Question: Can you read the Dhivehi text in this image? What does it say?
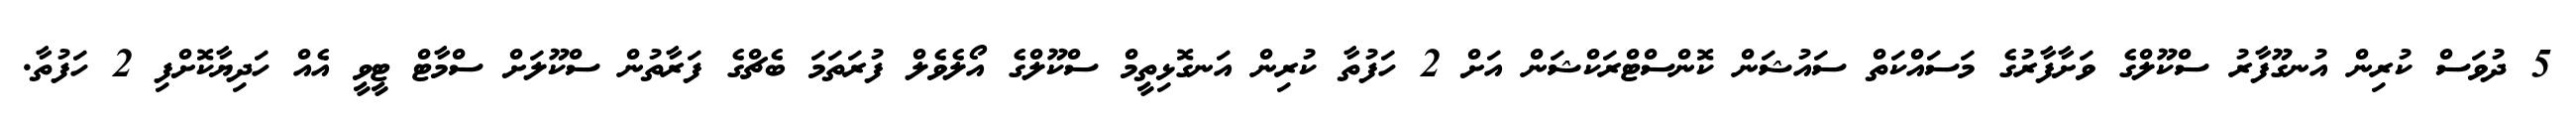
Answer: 5 ދުވަސް ކުރިން އުނގޫފާރު ސްކޫލްގެ ވަށާފާރުގެ މަސައްކަތް ސައުޝަން ކޮންސްޓްރަކްޝަން އަށް 2 ހަފުތާ ކުރިން އަނގޮޅިތީމް ސްކޫލްގެ އޯލެވެލް ފުރަތަމަ ބެޗްގެ ފަރާތުން ސްކޫލަށް ސްމާޓް ޓީވީ އެއް ހަދިޔާކޮށްފި 2 ހަފުތާ.